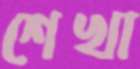
শেখা